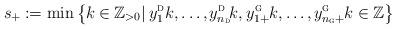
LaTeX: \begin{align*}s_{\mkern-1mu+} := \min\left\{k \mkern-1mu\in\mkern-1mu {\mathbb{Z}}_{>0} \mkern1mu|\mkern3mu y_1^{\textsc{d}}k, \ldots, \mkern-1mu y_{n_{{\textsc{d}}}}^{\textsc{d}}\mkern-2mu k,\mkern1muy_{1\mkern-.5mu +}^{\textsc{g}}\mkern-.5mu k, \ldots,\mkern-1mu y_{n_{{\textsc{g}}}\mkern-.5mu +}^{\textsc{g}}\mkern-.5mu k \in {\mathbb{Z}}\right\}\end{align*}